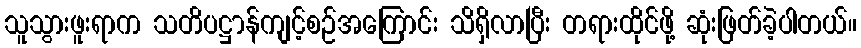
သူသွားဖူးရာက သတိပဋ္ဌာန်ကျင့်စဉ်အကြောင်း သိရှိလာပြီး တရားထိုင်ဖို့ ဆုံးဖြတ်ခဲ့ပါတယ်။